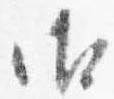
御